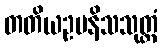
တတိယဥပနိသသုတ္တံ